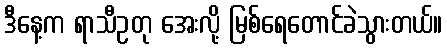
ဒီနေ့က ရာသီဥတု အေးလို့ မြစ်ရေတောင်ခဲသွားတယ်။